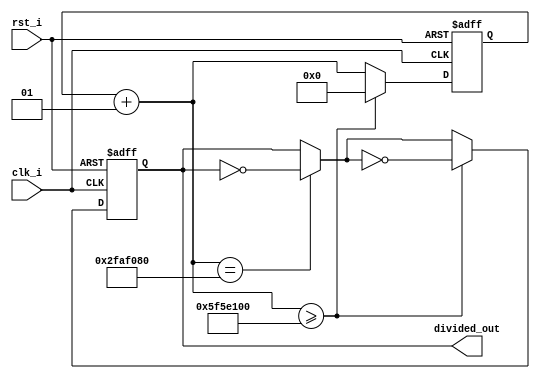
`timescale 1ns / 1ps
//////////////////////////////////////////////////////////////////////////////////
// Company: 
// Engineer: 
// 
// Design Name: 
// Module Name: frequency_divider
// Project Name: 
// Target Devices: 
// Tool Versions: 
// Description: 
// 
// Dependencies: 
// 
// Revision:
// Revision 0.01 - File Created
// Additional Comments:
// 
//////////////////////////////////////////////////////////////////////////////////


module frequency_divider
#(parameter DIVISOR = 100000000)
(input clk_i, rst_i,output divided_out 
);
    
    reg divided = 0;
    integer counter = 0;

   // assign led_o = divided_out;
    
    always @ (posedge clk_i or posedge rst_i) begin
        if(rst_i) begin
            divided = 0;
            counter = 0;
        end else begin
            counter = counter + 1;
            if(counter == DIVISOR/2)
                divided = ~divided;
            if(counter >= DIVISOR)begin
                divided = ~divided;
                counter = 0;
            end
        end
    end
    
    assign divided_out = divided;
    
endmodule